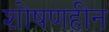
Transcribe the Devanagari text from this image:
शोषणहीन